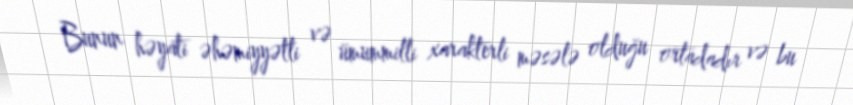
Bunun həyati əhəmiyyətli və ümummilli xarakterli məsələ olduğu ortadadır və bu